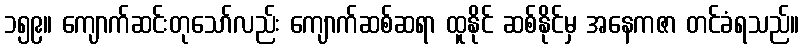
၁၅၉။ ကျောက်ဆင်းတုသော်လည်း ကျောက်ဆစ်ဆရာ ထူနိုင် ဆစ်နိုင်မှ အနေကဇာ တင်ခံရသည်။